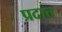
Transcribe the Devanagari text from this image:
प्रदात्त